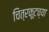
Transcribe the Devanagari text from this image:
चित्रकूटच्या